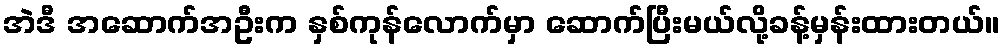
အဲဒီ အဆောက်အဦးက နှစ်ကုန်လောက်မှာ ဆောက်ပြီးမယ်လို့ခန့်မှန်းထားတယ်။